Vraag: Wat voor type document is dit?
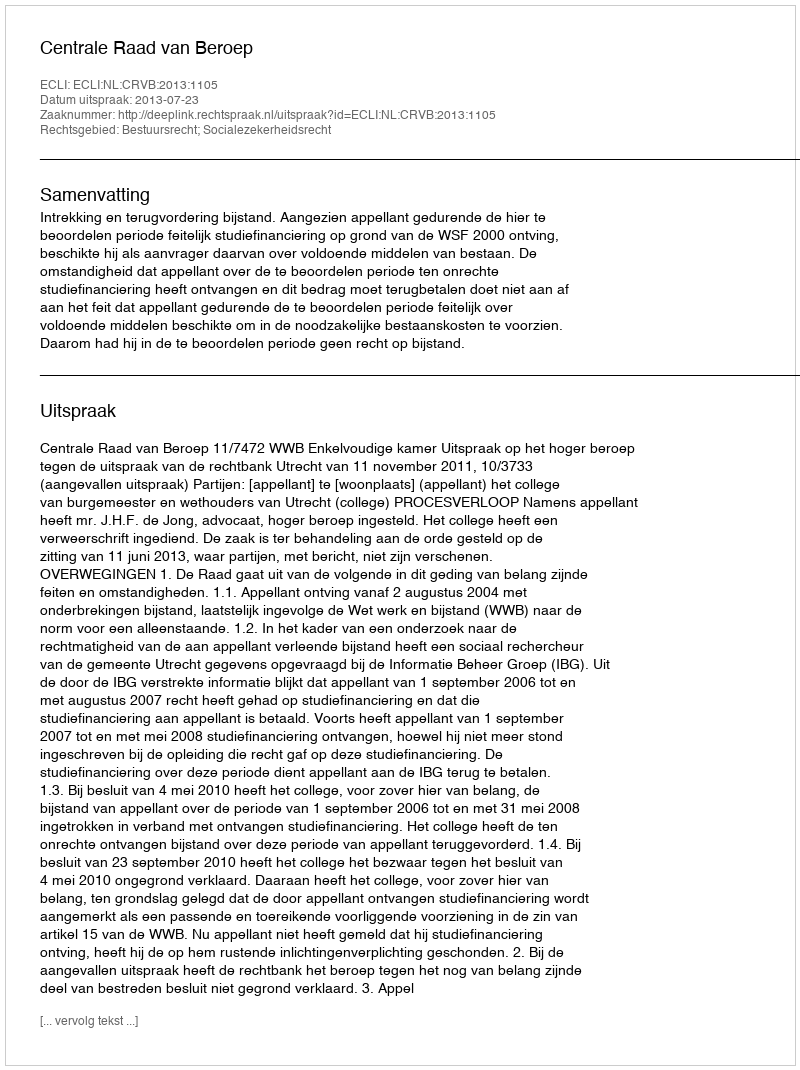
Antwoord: Uitspraak